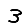
Digit: 3